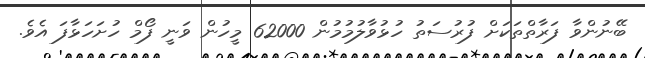
ބޭނުންވާ ފަރާތްތަކަށް ފުރުސަތު ހުޅުވާލުމުމުން 62000 މީހުން ވަނީ ފޯމް ހުށަހަޅާފަ އެވެ.